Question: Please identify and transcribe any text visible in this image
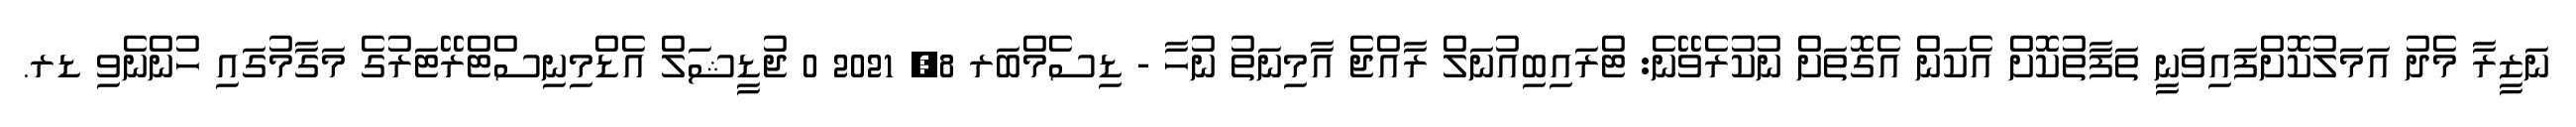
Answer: ނަޒީރާ މެދު އަމަލުކޮށްފައިވަނީ ތަފާތުކޮށް އެކަން އެގޮތަށް ނުކުރެވޭނެ: ޓްރައިބިއުނަލް ރާއްޖެ އާމިނަތު ނުހާ - ޑިސެމްބަރ 8, 2021 0 ޖުޑީޝަލް އެޑްމިނިސްޓްރޭޓަރުގެ މަގާމުގައި ހުންނެވި ޑރ.